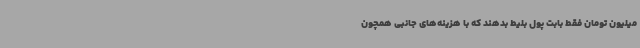
میلیون تومان فقط بابت پول بلیط بدهند که با هزینه‌های جانبی همچون